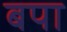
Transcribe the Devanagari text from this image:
बपा